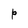
Character: P